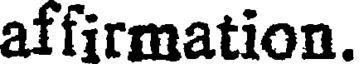
affirmation.